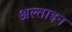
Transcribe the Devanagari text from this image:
अल्ताइन